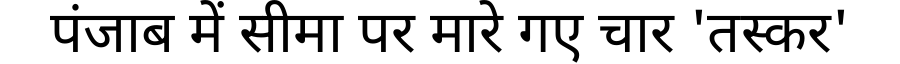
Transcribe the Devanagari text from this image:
पंजाब में सीमा पर मारे गए चार 'तस्कर'